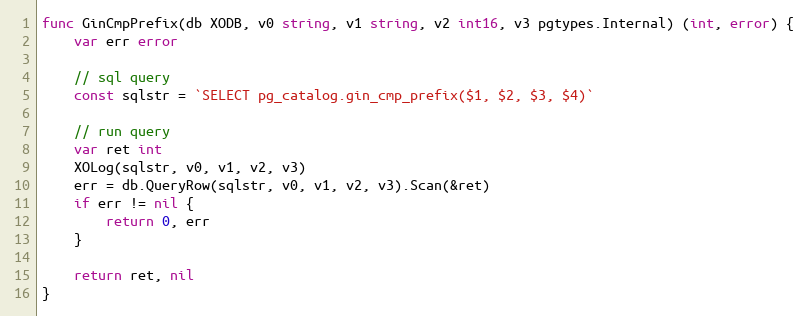
Language: Go
func GinCmpPrefix(db XODB, v0 string, v1 string, v2 int16, v3 pgtypes.Internal) (int, error) {
	var err error

	// sql query
	const sqlstr = `SELECT pg_catalog.gin_cmp_prefix($1, $2, $3, $4)`

	// run query
	var ret int
	XOLog(sqlstr, v0, v1, v2, v3)
	err = db.QueryRow(sqlstr, v0, v1, v2, v3).Scan(&ret)
	if err != nil {
		return 0, err
	}

	return ret, nil
}